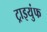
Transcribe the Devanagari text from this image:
ट्राइयुंफ